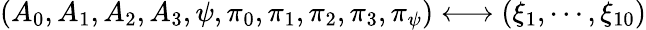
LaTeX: \left(A_{0},A_{1},A_{2},A_{3},\psi,\pi_{0},\pi_{1},\pi_{2},\pi_{3},\pi_{\psi}\right)\longleftrightarrow\left(\xi_{1},\cdots,\xi_{10}\right)